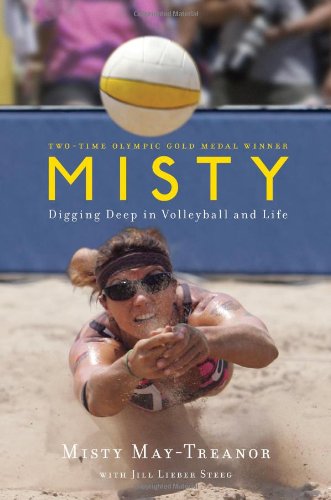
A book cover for Misty: Digging Deep in Volleyball and Life; Misty May-Treanor; Sports & Outdoors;